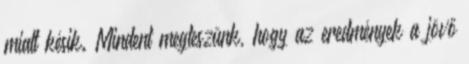
miatt késik. Mindent megteszünk, hogy az eredmények a jövő